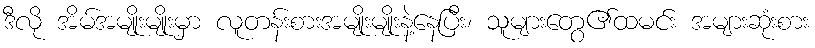
ဒီလို အိမ်အမျိုးမျိုးမှာ လူတန်းစားအမျိုးမျိုးနဲ့နေပြီး၊ သူများတွေ၏ထမင်း အများဆုံးစား